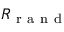
R _ { \mathrm { ~ r ~ a ~ n ~ d ~ } }